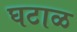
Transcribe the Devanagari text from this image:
घटाळ